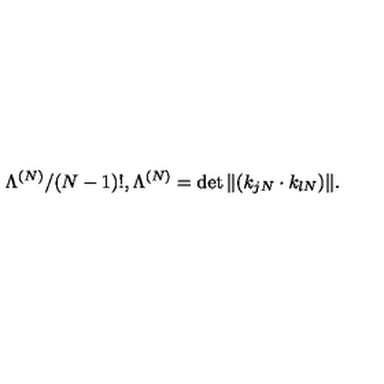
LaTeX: \Lambda ^ { ( N ) } / ( N - 1 ) ! , \Lambda ^ { ( N ) } = \det \| ( k _ { j N } \cdot k _ { l N } ) \| .